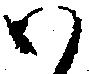
候